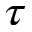
\tau